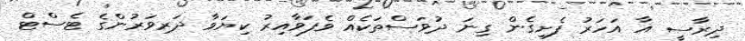
ދިރާސީ އާ އަހަރު ފެށިގެން ގިނަ ދުވަސްތަކެއް ވެފަވާއިރު ކިޔަވާ ދަރިވަރުންގެ ޓެސްޓް